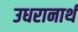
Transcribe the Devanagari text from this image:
उधरानार्थ